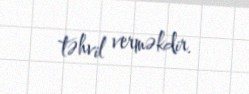
təhvil verməkdir.